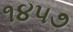
૧૪૫૭